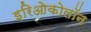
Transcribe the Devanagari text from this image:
इरिओकोलॉन